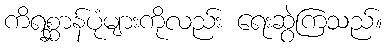
ကိရစ္ဆာန်ပုံများကိုလည်း ရေးဆွဲကြသည်။